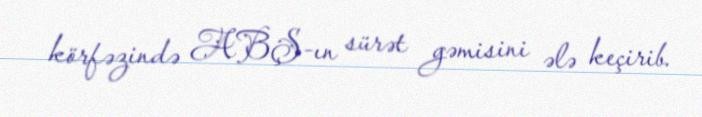
körfəzində ABŞ-ın sürət gəmisini ələ keçirib.